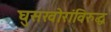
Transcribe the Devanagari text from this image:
घुसखोरांविरुद्ध